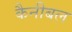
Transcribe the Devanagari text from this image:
कैनीबल